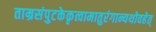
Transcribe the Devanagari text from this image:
ताम्रसंपुटकेकृत्वामातुरंगान्यथोवहेत्